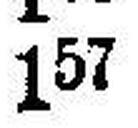
157